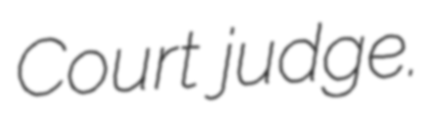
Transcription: Court judge.